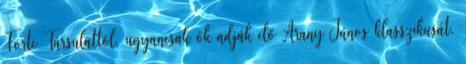
Forte Társulattól, ugyancsak ők adják elő Arany János klasszikusát,